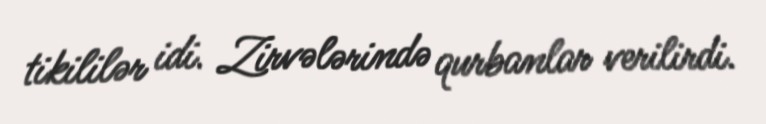
tikililər idi. Zirvələrində qurbanlar verilirdi.